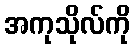
အကုသိုလ်ကို